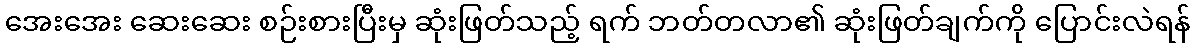
အေးအေး ဆေးဆေး စဉ်းစားပြီးမှ ဆုံးဖြတ်သည့် ရက် ဘတ်တလာ၏ ဆုံးဖြတ်ချက်ကို ပြောင်းလဲရန်